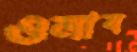
ওলাব